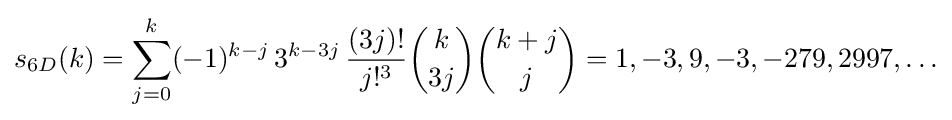
s_{6D}(k)=\sum _{j=0}^{k}(-1)^{k-j}\,3^{k-3j}\,{\frac {(3j)!}{j!^{3}}}{\binom {k}{3j}}{\binom {k+j}{j}}=1,-3,9,-3,-279,2997,\ldots